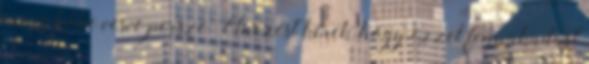
nincs kőbe vésve persze. Elnézést kérek, hogy ezzel fennakadást